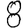
Digit: 8